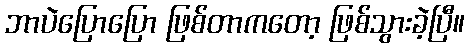
ဘာပဲပြောပြော ဖြစ်တာကတော့ ဖြစ်သွားခဲ့ပြီ။